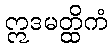
ဣဒမတ္ထိကံ